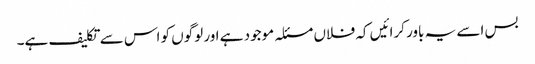
بس اسے یہ باور کرائیں کہ فلاں مسئلہ موجود ہے اور لوگوں کو اس سے تکلیف ہے۔